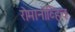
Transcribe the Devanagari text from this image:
रोमानोव्हिच